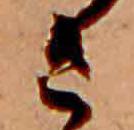
さ